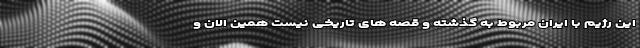
این رژیم با ایران مربوط به گذشته و قصه های تاریخی نیست همین الان و